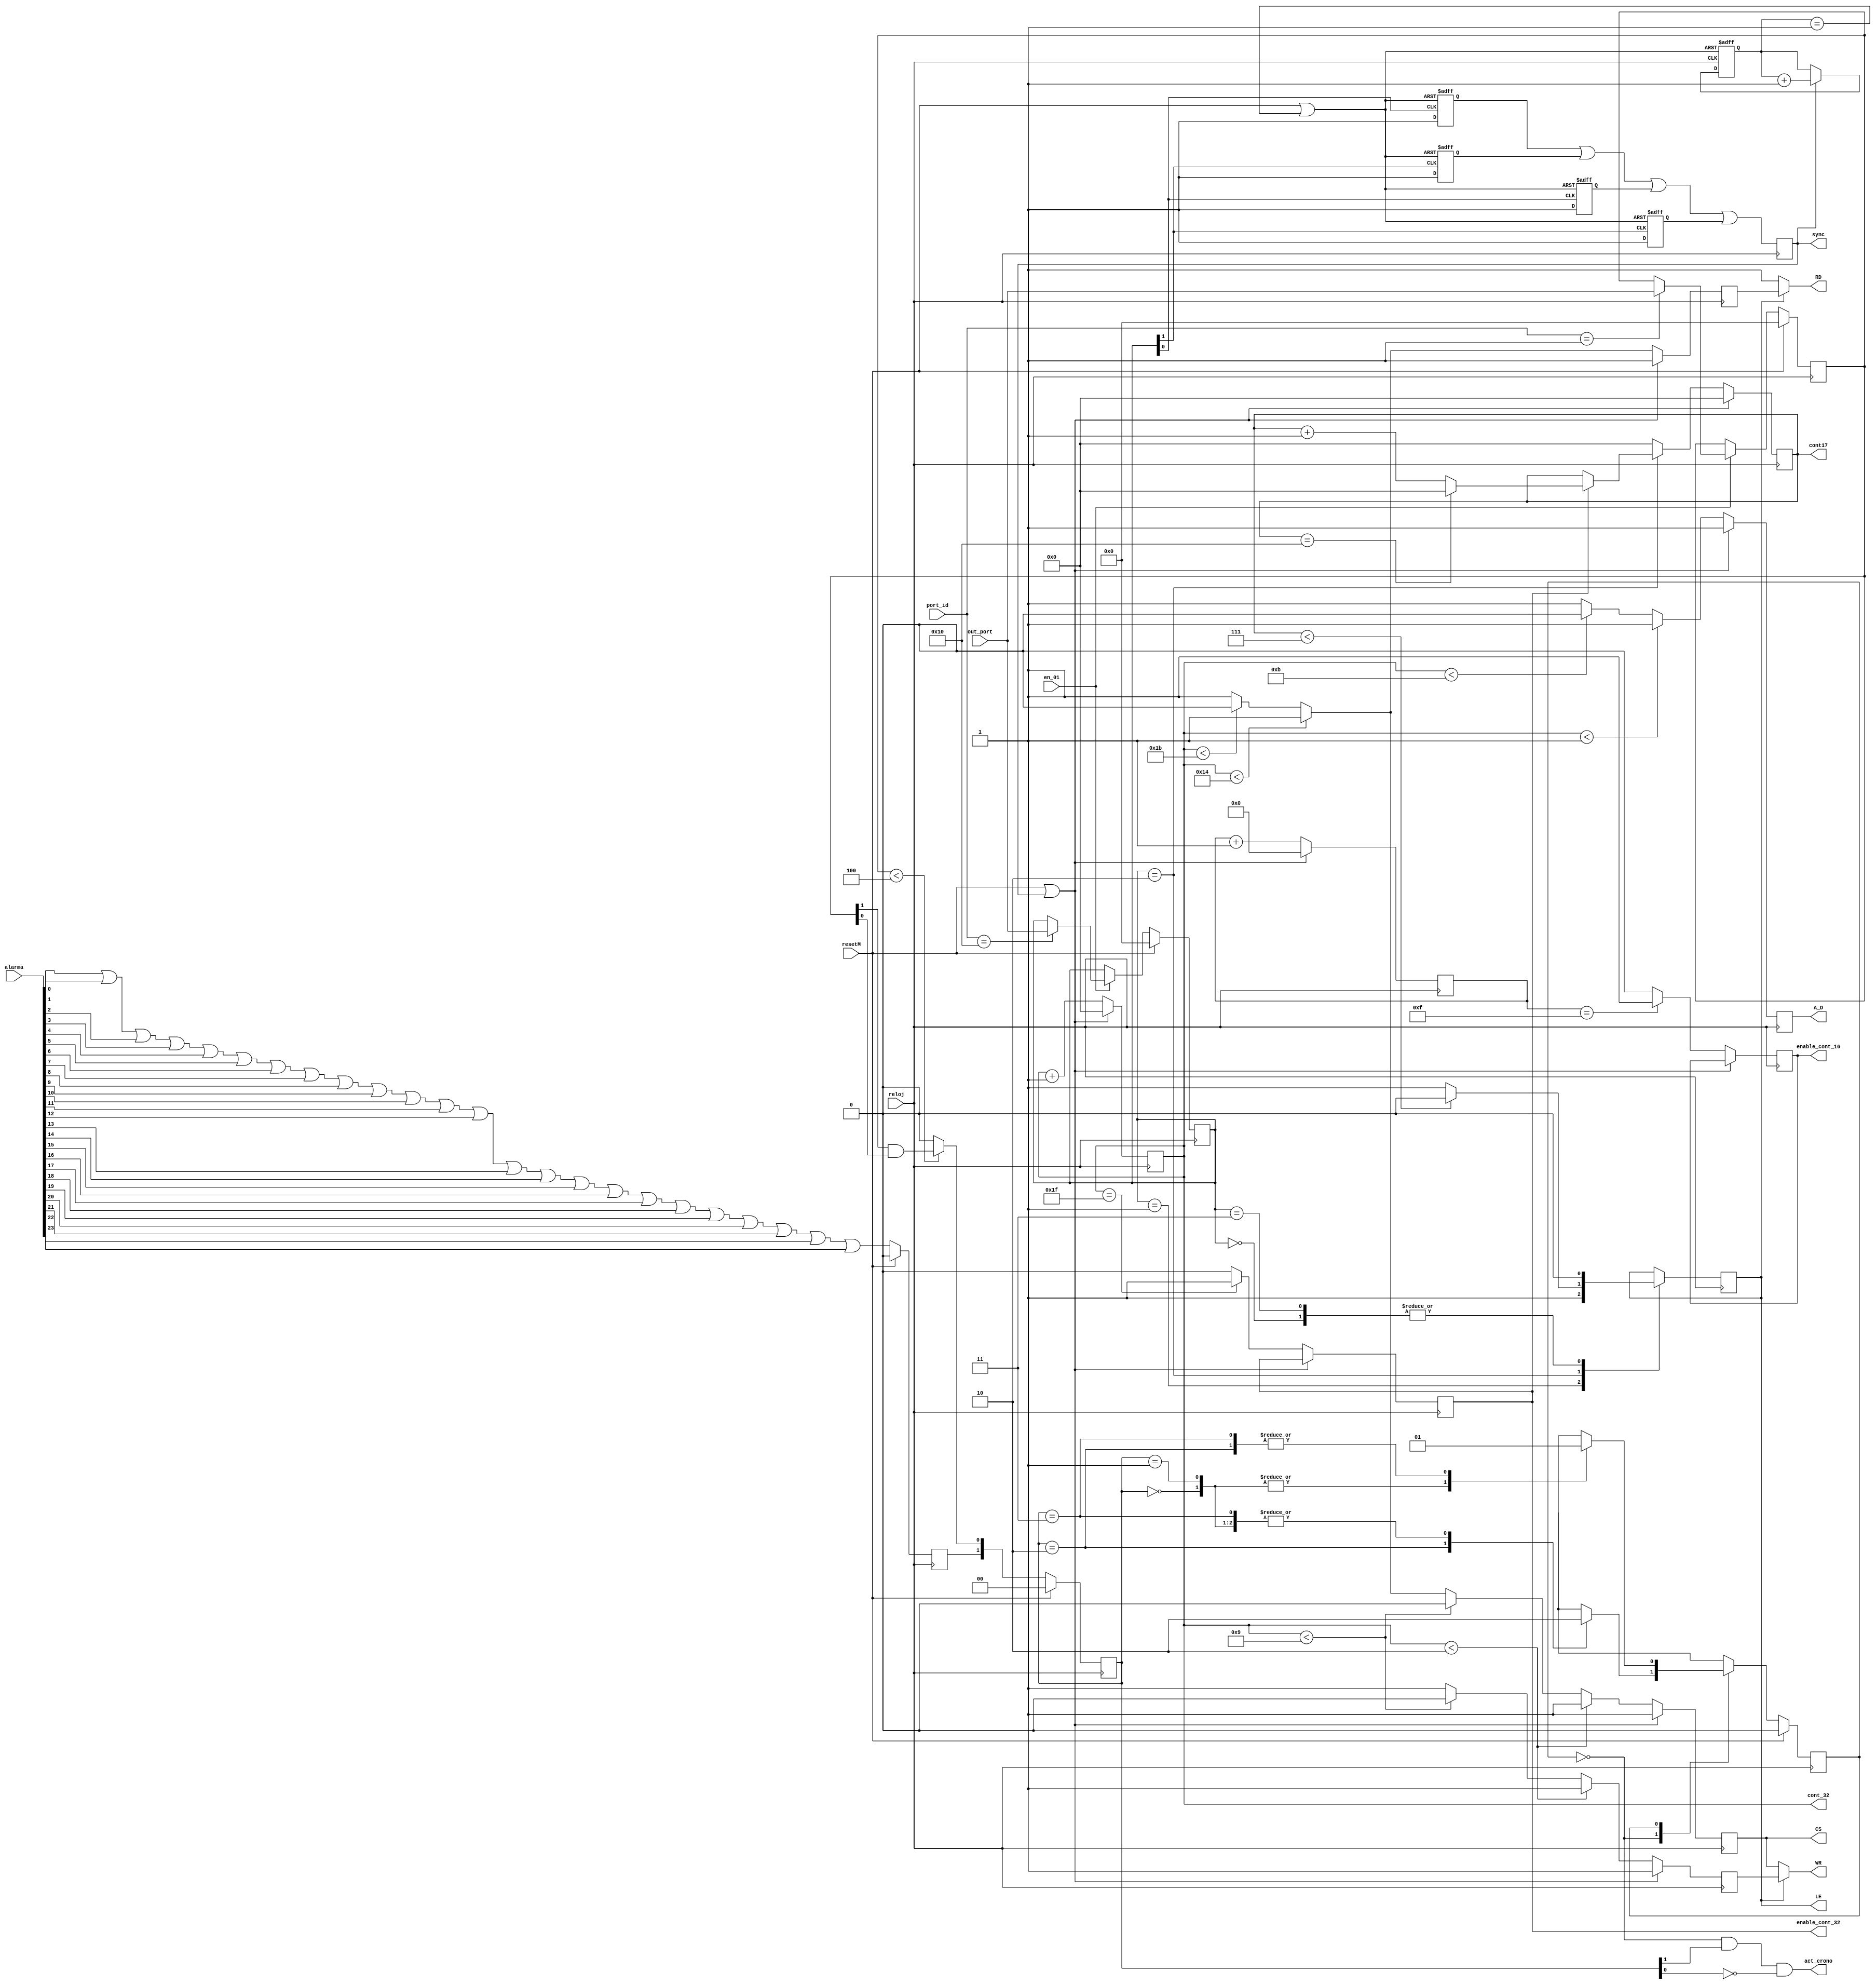
`timescale 1ns / 1ps
//////////////////////////////////////////////////////////////////////////////////
// Company: Grupo4 
// Module Name: Gen_Senales
//////////////////////////////////////////////////////////////////////////////////



module Gen_Senales(
    // Entradas general         
    input reloj,
    input resetM,
    input wire [23:0] alarma,
    
    // Entradas picoblaze
    input wire en_01,
    input wire [7:0] out_port,
    input wire [7:0] port_id,
    
    // Salidas general          
    output wire act_crono,
    output wire enable_cont_16,
    output wire CS,
    output wire RD,
    output wire WR,
    output wire A_D,
    
    // Salidas inter-modular (de la ruta de control)
    output wire [4:0] cont_32,      
    output wire enable_cont_32,     
    output wire [4:0] cont17,
    output wire LE,                 
    output wire sync                
    );
   
    
    
    //---MANEJO OUT PORT DEL PICOBLAZE---
    // Definicion e inicializacion de variables
    reg [7:0] Control;              // Estado de la FSM general
    reg [7:0] posp = 8'h00;         // Permite saber si se esta escribiendo y sobre que se esta escribiendo (hora, fecha, etc)
    
    // Recepcion de control en el out_port segun port_id
    always @(posedge reloj)
    begin
        if (resetM)
            Control <= 8'h00;
            
        else
        if (en_01)
            case (port_id)    
                8'h10: Control <= out_port;     // Cuando segun port_id viene Control por out_port, se actualiza Control
            default: Control <= Control;    
            endcase
            
        else
           Control <= Control; 
    end
    
    // Recepcion de posp en el out_port segun port_id
        always @(posedge reloj)
    begin
        if (resetM)
            posp <= 8'h00;
            
        else
        if (en_01)
            case (port_id)    
                8'h01: posp <= out_port;     // Cuando segun port_id viene posp por out_port, se actualiza posp
            default: posp <= posp;    
            endcase
            
        else
           posp <= posp; 
    end

    
    
    //---PULSO DE SINCRONIZACION---
    /* Copyright (c) 2015, William Breathitt Gray
     *
     * Redistribution and use in source and binary forms, with or without
     * modification, are permitted provided that the following conditions
     * are met:
     *
     * 1. Redistributions of source code must retain the above copyright
     *    notice, this list of conditions and the following disclaimer.
     * 
     * 2. Redistributions in binary form must reproduce the above copyright
     *    notice, this list of conditions and the following disclaimer in
     *    the documentation and/or other materials provided with the
     *    distribution.
     *
     * THIS SOFTWARE IS PROVIDED BY THE COPYRIGHT HOLDERS AND CONTRIBUTORS
     * "AS IS" AND ANY EXPRESS OR IMPLIED WARRANTIES, INCLUDING, BUT NOT
     * LIMITED TO, THE IMPLIED WARRANTIES OF MERCHANTABILITY AND FITNESS
     * FOR A PARTICULAR PURPOSE ARE DISCLAIMED. IN NO EVENT SHALL THE
     * COPYRIGHT HOLDER OR CONTRIBUTORS BE LIABLE FOR ANY DIRECT, INDIRECT,
     * INCIDENTAL, SPECIAL, EXEMPLARY, OR CONSEQUENTIAL DAMAGES (INCLUDING,
     * BUT NOT LIMITED TO, PROCUREMENT OF SUBSTITUTE GOODS OR SERVICES; LOSS
     * OF USE, DATA, OR PROFITS; OR BUSINESS INTERRUPTION) HOWEVER CAUSED
     * AND ON ANY THEORY OF LIABILITY, WHETHER IN CONTRACT, STRICT
     * LIABILITY, OR TORT (INCLUDING NEGLIGENCE OR OTHERWISE) ARISING IN ANY
     * WAY OUT OF THE USE OF THIS SOFTWARE, EVEN IF ADVISED OF THE
     * POSSIBILITY OF SUCH DAMAGE.
     */
     // Variables
     reg pulse = 1'b0;             
     assign sync = pulse;          
     parameter PULSE_WIDTH = 1;
     reg [4:0] count = 5'b00000;
     reg pulse1 = 1'b0;
     reg pulse2 = 1'b0;
     reg pulse3 = 1'b0;
     reg pulse4 = 1'b0;
     wire count_rst = resetM | (count == PULSE_WIDTH);
     
     // Generacion de pulso cada vez que cambia el estado 'Control' de la FSM general
     always @ (posedge Control[0] , posedge count_rst) begin    // Analiza cada vez que todos los bits de Control
             if (count_rst) begin                               // cambian ya sea de 0 -> 1 o de 1 -> 0
                     pulse1 <= 1'b0;
             end else begin
                     pulse1 <= 1'b1;
             end
     end
     always @ (posedge Control[1], posedge count_rst) begin
             if (count_rst) begin
                     pulse2 <= 1'b0;
             end else begin
                     pulse2 <= 1'b1;
             end
     end
     always @ (negedge Control[0], posedge count_rst) begin
             if (count_rst) begin
                     pulse3 <= 1'b0;
             end else begin
                     pulse3 <= 1'b1;
             end
     end
     always @ (negedge Control[1], posedge count_rst) begin
             if (count_rst) begin
                     pulse4 <= 1'b0;
             end else begin
                     pulse4 <= 1'b1;
             end
     end
     always@(posedge reloj)
     pulse <= pulse1 | pulse2 | pulse3 | pulse4;

     always @ (posedge reloj, posedge count_rst) begin
             if(count_rst) begin
                     count <= 0;
             end else begin
                     if(pulse) begin
                             count <= count + 1'b1;
                     end
             end
     end
    
    
    
    //---SENAL DE CONTROL L/~E---
    // definicion e inicializacion de variables
    reg LEr;                                            
    assign LE = LEr;                    // LE = 0: genere senales de control del RTC (CS, RD, etc) de escritura. 
    reg [4:0] cont_32r = 5'b00000;      // LE = 1: genere de lectura.
    assign cont_32 = cont_32r;
    reg enable_cont_32r = 1'b0;
    assign enable_cont_32 = enable_cont_32r;
    reg [4:0] cont_17 = 5'b00000;               // Cuenta los datos que se van enviando al RTC para saber cuando usar LE =0 o =1
    assign cont17 = cont_17;                    // Esto se debe a que en el estado Escritura (2) se escribe Y se lee del RTC
                                                
    // Contador de datos    
    always @(posedge reloj)     
    begin                       
    if (resetM || sync)
        cont_17 <= 5'b00000;
    else 
    if (Control == 8'h02)                 // cuenta los 17 datos que se envian y leen en escritura
        begin    
        if (enable_cont_32r == 1'b1)
            if (cont_17 == 5'b10000)
                cont_17 <= 5'b00000;
            else
                cont_17 <= cont_17 + 5'b00001;
        else
            cont_17 <= cont_17;   
        end         
    else
        cont_17 <= 5'b00000;
    end
    
    // Mux para el valor de LE
    always @(posedge reloj)
    begin
        case (Control)
        8'h00: LEr = 1'b0;       
        8'h01: LEr = 1'b1;
        8'h02:
        begin                           // Solo en escritura hay mayor problema
            if (cont_17 < 5'b00111)     // Para algunos valores del contador, estamos leyendo del RTC
                LEr = 1'b0;             // Para otros estamos escribiendo
            else    
                LEr = 1'b1;                
        end
        
        8'h03: LEr = 1'b0;
        default: LEr <= LEr;
        endcase
    end

    
    
    //---SENALES DE CONTROL DEL RTC / HANDSHAKE---
    // definicion e inicializacion de variables:
    reg CSreg = 1'b1;
    assign CS = CSreg;
    reg RDreg = 1'b1;
    reg WRregLectura = 1'b1;
    reg A_Dreg = 1'b1;
    assign A_D = A_Dreg; 
    //Contadores
    reg [3:0] cont_16 = 4'b0000;
    reg enable_cont_16r = 1'b0;
    assign enable_cont_16 = enable_cont_16r;
    
    // Contador cada 10ns, cuenta 16 ciclos
    always @(posedge reloj)
    begin
       if (resetM || sync)
          cont_16 <= 4'b0000;
       else  
          begin  
          cont_16 <= cont_16 + 1'b1;
          if (cont_16 == 4'b1111)
                enable_cont_16r <= 1;
          else  
                enable_cont_16r <= 0;
          end           
    end   
    
    // Contador cada 10ns, cuenta 32 ciclos
    always @(posedge reloj)
        begin
           if (resetM || sync)
              cont_32r <= 5'b00000;
           else 
             begin               
              cont_32r <= cont_32r + 5'b00001;
              if (cont_32r == 5'b11111)
                    enable_cont_32r <= 1;
              else  
                    enable_cont_32r <= 0;
             end                  
        end      
             
    // Generador de Chip Select (~CS) 
        always @(posedge reloj)
           begin
           if (resetM || sync)
                CSreg <= 1'b1;           
           else 
            begin
               if (cont_32r < 2)
                    CSreg <= 1'b1;
               else if (cont_32r < 9) 
                        CSreg <= 1'b0;
                    else if (cont_32r < 20)
                            CSreg <= 1'b1;
                         else if(cont_32r < 27)
                                CSreg <= 1'b0;       
                              else
                                CSreg <= 1'b1;
            end                   
           end 
           
        // Generador de Read (~RD) 
        always @(posedge reloj) 
        begin
        if (resetM || sync)
            RDreg <= 1'b1;
        else 
         begin
            if (cont_32r < 20)
                     RDreg <= 1'b1;
                 else if (cont_32r < 27)
                         RDreg <= 1'b0;
                      else
                         RDreg <= 1'b1;  
         end              
        end
        
        // Generador de Write (~WR) para lectura
        always @(posedge reloj) 
        begin
            if (resetM || sync)
                WRregLectura <= 1'b1;
            else 
             begin
                if (cont_32r < 2)
                    WRregLectura <= 1'b1;
                else if (cont_32r < 9)
                        WRregLectura <= 1'b0;
                     else
                        WRregLectura <= 1'b1;  
             end
        end
        
        // Mux para el assign de las senales ~RD y ~WR tipo wire (salidas del modulo), segun si se esta leyendo o escribiendo en el RTC
        assign RD = LEr ? RDreg : 1'b1;
        assign WR = LEr ? WRregLectura : CSreg;
        
        // Generador Address/Data Decode (~A/D)   
        always @(posedge reloj)
        begin
            if (resetM || sync)
                A_Dreg <= 1'b1;
            else 
             begin
                if (cont_32r < 1)
                    A_Dreg <= 1'b1;
                else if (cont_32r < 11)
                        A_Dreg <= 1'b0;
                     else 
                        A_Dreg <= 1'b1;   
             end                       
        end  
    
    
    
   //---GENERACION DE LA SENAL ACTIVAR CRONOMETRO---
   // Variables y parametros 
   reg OR_alarma;        
   reg [1:0] in_crono;                      //entrada de la FSM 
   parameter crono_activado = 1'b1;         // estado 1
   parameter crono_desactivado = 1'b0;      // estado 0
   reg estado_crono = crono_desactivado;    //estado actual de la FSM
   
   // Definicion OR_alarma
   always @(posedge reloj)
   begin
        if (resetM)
            OR_alarma <= 1'b0;
        
        else
           OR_alarma <= alarma[0] | alarma[1] | alarma[2] | alarma[3]  | alarma[4] | alarma[5] | alarma[6] | alarma[7] | alarma[8] | alarma[9] | alarma[10] | alarma[11] | alarma[12] | alarma[13] | alarma[14] | alarma[15] | alarma[16] | alarma[17] | alarma[18]| alarma[19]| alarma[20]| alarma[21]| alarma[22]| alarma[23];        
   end
   
   // Definicion de la entrada de la FSM
   always @(posedge reloj)
   begin
        if (resetM)
            in_crono <= 2'b00; 
        
        else
            if (posp < 8'h04)
                in_crono <= {OR_alarma, (posp[1])&(posp[0])};
            else    
                in_crono <= {OR_alarma, 1'b0};

   end
   
   // FSM que genera un senal indicadora de cuando debe estar activado a desactivado el cronometro
   always @(posedge reloj)
      if (resetM)
         estado_crono <= crono_desactivado;
         
      else
         case (estado_crono)
            crono_desactivado: 
            begin
                case (in_crono)
                2'b00:  estado_crono <= crono_desactivado;
                2'b01:  estado_crono <= crono_desactivado;
                2'b10:  estado_crono <= crono_activado;
                2'b11:  estado_crono <= crono_desactivado;
                default:    estado_crono <= crono_desactivado;
                endcase
            end
            
            crono_activado: 
            begin
                case (in_crono)
                2'b00:  estado_crono <= crono_desactivado;
                2'b01:  estado_crono <= crono_desactivado;
                2'b10:  estado_crono <= crono_activado;
                2'b11:  estado_crono <= crono_activado;
                default:    estado_crono <= crono_desactivado;
                endcase
            end

            default : estado_crono <= crono_desactivado;
         endcase
   
   // Salida de la FSM 
   assign act_crono = (~estado_crono)&(in_crono[1])&(~in_crono[0]);
   // Add other output equations as necessary
							
							   
    
endmodule